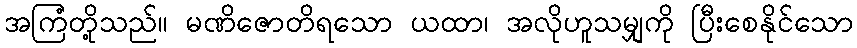
အကြံတို့သည်။ မဏိဇောတိရသော ယထာ၊ အလိုဟူသမျှကို ပြီးစေနိုင်သော